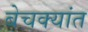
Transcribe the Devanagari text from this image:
बेचक्यांत